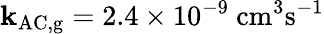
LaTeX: \mathbf{k}_{\mathrm{{AC,g}}}=2.4\times10^{-9}~\mathrm{{cm^{3}s^{-1}}}